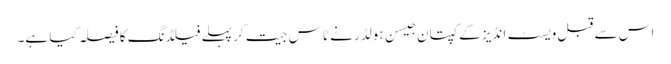
اس سے قبل ویسٹ انڈیز کے کپتان جیسن ہولڈر نے ٹاس جیت کر پہلے فیلڈنگ کا فیصلہ کیا ہے۔